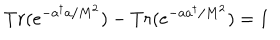
LaTeX: T r ( e ^ { - a ^ { \dagger } a / M ^ { 2 } } ) - T r ( e ^ { - a a ^ { \dagger } / M ^ { 2 } } ) = 1